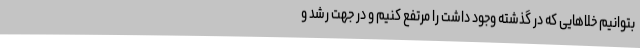
بتوانیم خلاهایی که در گذشته وجود داشت را مرتفع کنیم و در جهت رشد و